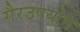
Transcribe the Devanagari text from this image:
गैरउपयोग